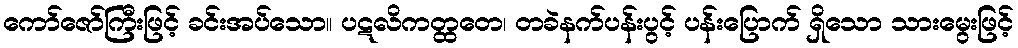
ကော်ဇော်ကြီးဖြင့် ခင်းအပ်သော။ ပဋလိကတ္ထတေ၊ တခဲနက်ပန်းပွင့် ပန်းပြောက် ရှိသော သားမွေးဖြင့်